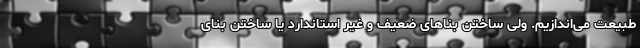
طبیعت می‌اندازیم. ولی ساختن بناهای ضعیف و غیر استاندارد یا ساختن بنای